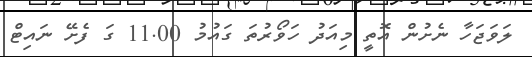
ލަވަޖަހާ ނެށުން އޮތީ މިއަދު ހަވޯރުތަ ގައުމު 11.00 ގަ ފެށޭ ނައިޓް